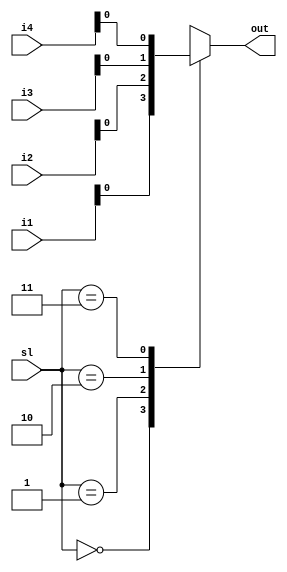


module mux16(sl,i1,i2,i3,i4,out);
  input [1:0]sl,i1,i2,i3,i4;
  output reg out;
   always@(sl)
  begin
  case(sl)
  2'b00: out=i1;
  2'b01: out=i2;
  2'b10: out=i3;
  2'b11: out=i4;
  endcase
  end
endmodule